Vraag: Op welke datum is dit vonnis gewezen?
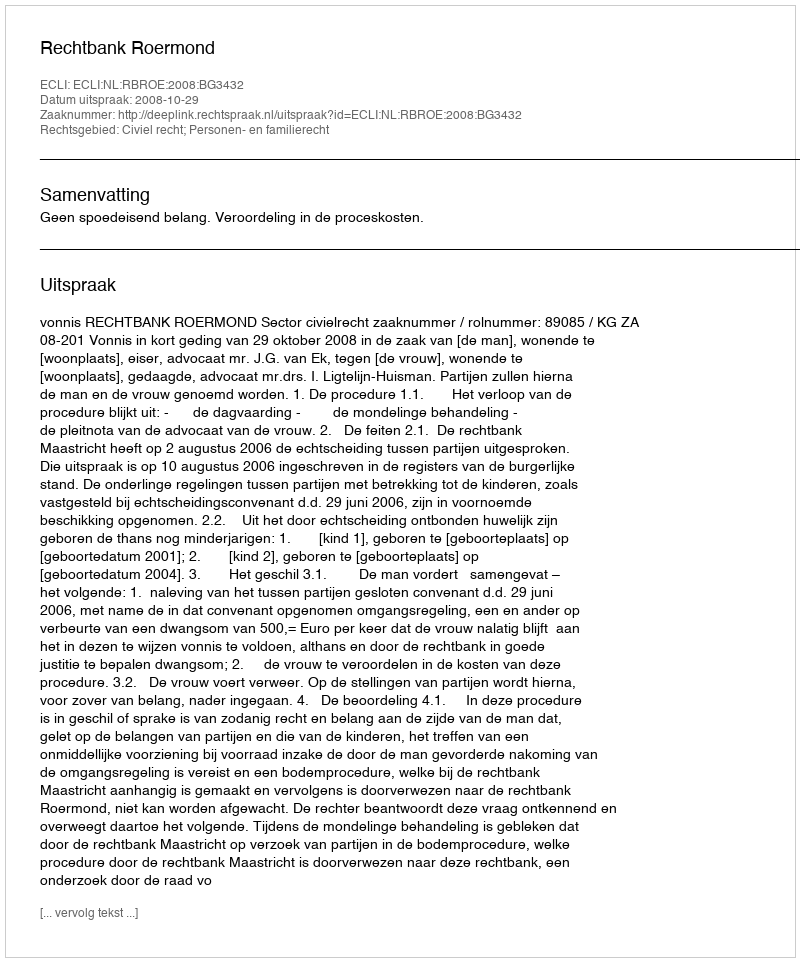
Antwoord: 2008-10-29